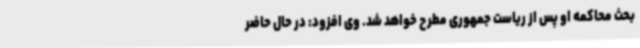
بحث محاکمه او پس از ریاست جمهوری مطرح خواهد شد. وی افزود: در حال حاضر